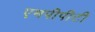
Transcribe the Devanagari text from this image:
एमपीपीटी